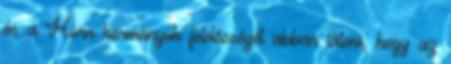
és a Horn kormányok felelősségét abban látom, hogy az